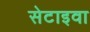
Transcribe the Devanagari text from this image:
सेटाइवा